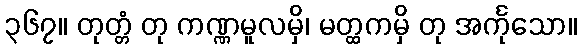
၃၆၇။ တုတ္တံ တု ကဏ္ဏမူလမှိ၊ မတ္ထကမှိ တု အင်္ကုသော။